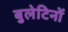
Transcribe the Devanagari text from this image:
बुलेटिनों